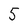
Character: 5